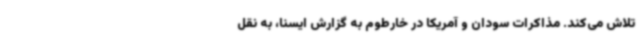
تلاش می‌کند. مذاکرات سودان و آمریکا در خارطوم به گزارش ایسنا، به نقل